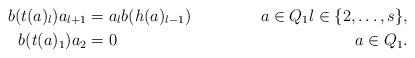
LaTeX: \begin{align*}b(t(a)_l) a_{l+1}&=a_l b(h(a)_{l-1}) & a \in Q_1 l \in \{2, \dots, s\}, \\b(t(a)_1) a_2 &=0 & a \in Q_1.\end{align*}